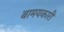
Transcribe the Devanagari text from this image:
बामयकारी